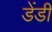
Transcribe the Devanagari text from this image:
डेंडी